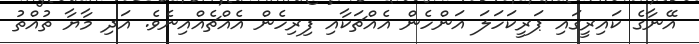
އޭނާގެ ކައިރީގައި ޕަރީކަހަލަ އަންހެން އެއްޗަކާއި ފިރިހެން އެއްޗެއްއިނެވެ. އަދި މާޔާ ތުއްތު